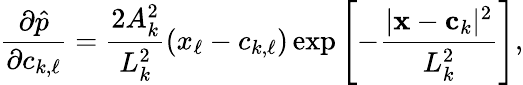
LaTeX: \frac{\partial\hat{p}}{\partial c_{k,\ell}}=\frac{2A_{k}^{2}}{L_{k}^{2}}\left(x_{\ell}-c_{k,\ell}\right)\exp\left[-\frac{|\mathbf x-\mathbf c_{k}|^{2}}{L_{k}^{2}}\right],